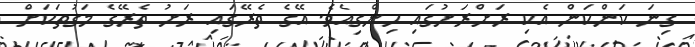
ގިނަ ކަންކަން އެކި ރަށްރަށުގައި ހިންގިއެވެ. އޭގެ ތެރޭގައި ރަށު ތެރޭގެ މަގުތަކަށް